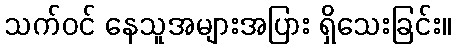
သက်ဝင် နေသူအများအပြား ရှိသေးခြင်း။